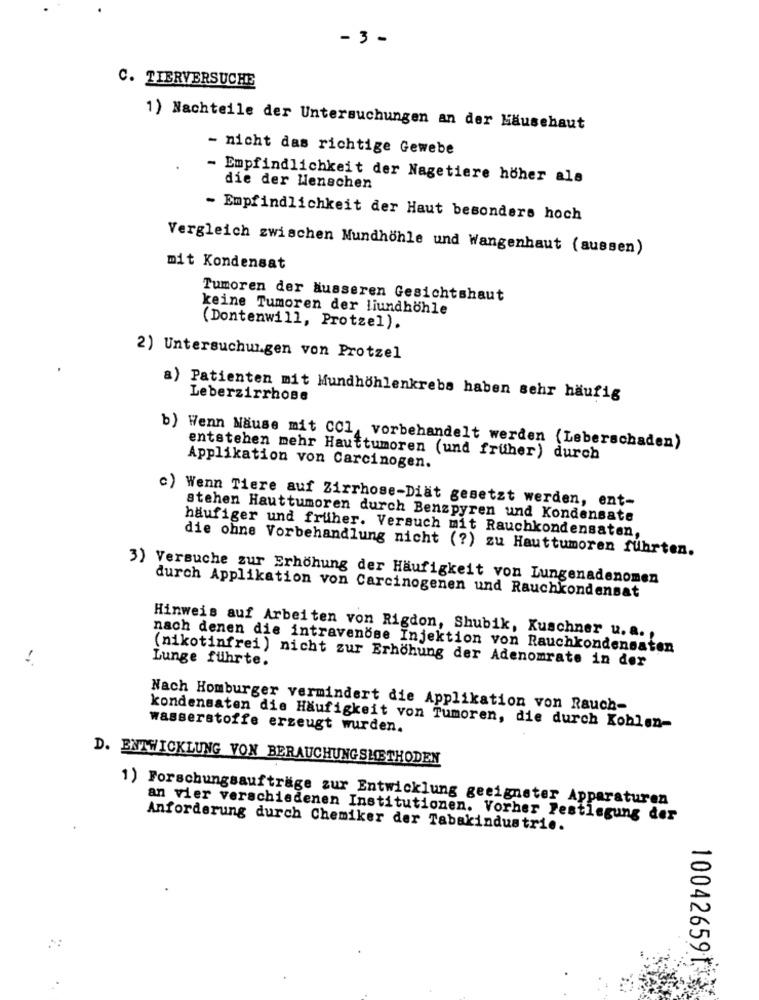
- 3 -
C. TIERVERSUCHE
1) Nachteile der Untersuchungen an der Häusehaut
- nicht das richtige Gewebe
- Empfindlichkeit der Nagetiere höher als
die der Menschen
- Empfindlichkeit der Haut besonders hoch
Vergleich zwischen Mundhöhle und Wangenhaut (aussen)
mit Kondensat
Tumoren der äusseren Gesichtshaut
keine Tumoren der liundhöhle
(Dontenwill, Protzel).
2) Untersuchungen von Protzel
Patienten mit Mundhohlenkrebs haben sehr häufig
Leberzirrhose
b) Wenn Nause mit CCI, vorbehandelt werden (Leberschaden)
entstehen mehr Hauttumoren (und früher) durch
Applikation von Carcinogen.
c) Wenn Tiere auf Zirrhose-Diät gesetzt werden, ent-
stehen Hauttumoren durch Benzpyren und Kondensate
häufiger und fruher. Versuch mit Rauchkondensaten,
die ohne Vorbehandlung nicht (?) zu Hauttumoren fuhrten.
3) Versuche zur Erhöhung der Häufigkeit von Lungenadenomen
durch Applikation von Carcinogenen und Rauchkondensat
Hinweis auf Arbeiten von Rigdon, Shubik, Kuschner u. a .,
nach denen die intravenöse Injektion von Rauchkondensaten
(nikotinfrei ) nicht zur Erhöhung der Adenomrate in der
Lunge führte.
Nach Homburger vermindert die Applikation von Rauch-
kondensaten die Häufigkeit von Tumoren, die durch Kohlen-
wasserstoffe erzeugt wurden.
D. ENTWICKLUNG VON BERAUCHUNGSMETHODEN
1) Forschungsaufträge zur Entwicklung geeigneter Apparaturen
an vier verschiedenen Institutionen. Vorher Festlegung der
Anforderung durch Chemiker der Tabakindustrie.
100426591.